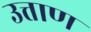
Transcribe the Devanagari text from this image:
उत्ताण